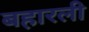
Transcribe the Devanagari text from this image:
बहारली